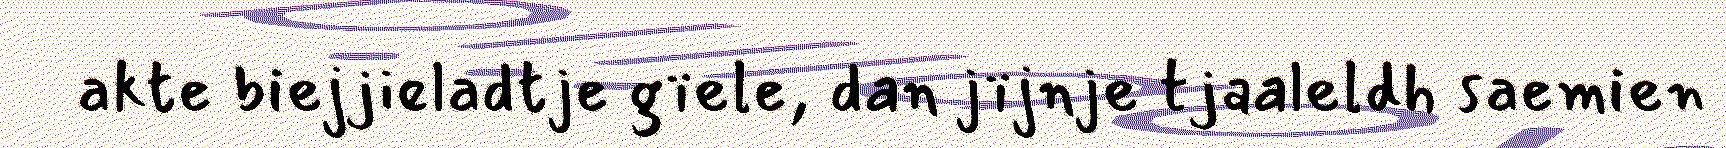
akte biejjieladtje gïele, dan jïjnje tjaaleldh saemien